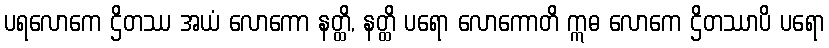
ပရလောကေ ဌိတဿ အယံ လောကော နတ္ထိ, နတ္ထိ ပရော လောကောတိ ဣဓ လောကေ ဌိတဿာပိ ပရော